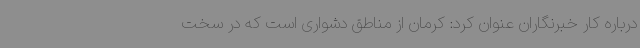
درباره کار خبرنگاران عنوان کرد: کرمان از مناطق دشواری است که در سخت